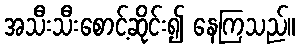
အသီးသီးစောင့်ဆိုင်း၍ နေကြသည်။